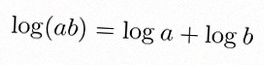
\log(ab)=\log a+\log b